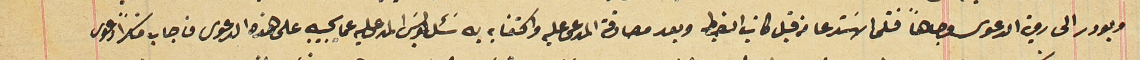
وبودر الى روية الدعوى وجاهاً فتلى الاستدعا من قبل كاتب الضبط وبعد مصادقة المدعى عليه واكتفايه به سَئل بولسَ المدعى عليه عما يجيبه على هذه الدعوى فاجاب مناكراً دعوى